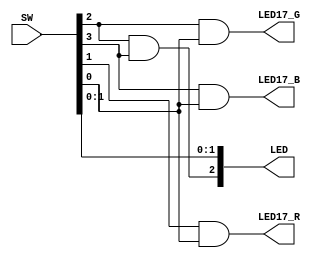
`timescale 1ns / 1ps
//////////////////////////////////////////////////////////////////////////////////
// Module Name: lab5
//////////////////////////////////////////////////////////////////////////////////


module lab5(
    input [3:0] SW,
     output [2:0] LED, 
     output LED17_B, 
     output LED17_G, 
     output LED17_R
    );
    
    // Step 4, assign LEDs to switches
    assign LED[0] = SW[0];
    assign LED[1] = SW[1];
    assign LED[2] = SW[2] & SW[3];
    
    // Step 5/6 assign RGB LED to switches
    assign LED17_R = SW[1] & SW[0];
    assign LED17_G = SW[2] & SW[0];
    assign LED17_B = SW[3] & SW[0];

endmodule